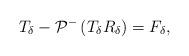
LaTeX: \begin{align*}T_{\delta}-\mathcal{P}^-\left(T_{\delta} R_{\delta}\right)=F_{\delta},\end{align*}